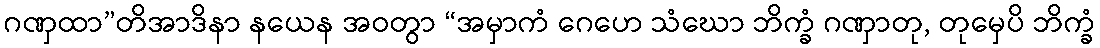
ဂဏှထာ”တိအာဒိနာ နယေန အဝတွာ “အမှာကံ ဂေဟေ သံဃော ဘိက္ခံ ဂဏှာတု, တုမှေပိ ဘိက္ခံ